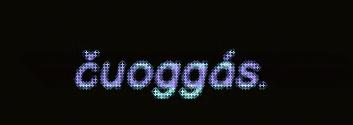
čuoggás.